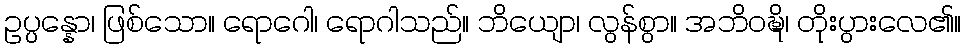
ဥပ္ပန္နော၊ ဖြစ်သော။ ရောဂေါ၊ ရောဂါသည်။ ဘိယျော၊ လွန်စွာ။ အဘိဝဍ္ဎိ၊ တိုးပွားလေ၏။